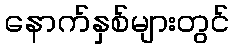
နောက်နှစ်များတွင်